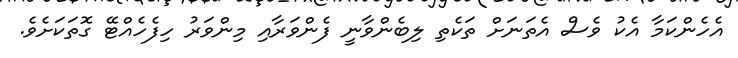
އެހެންކަމާ އެކު ވެސް އެތަނަށް ތަކެތި ލިބެންވާނީ ފެންވަރާއި މިންވަރު ހިފެހެއްޓޭ ގޮތަކަށެވެ.